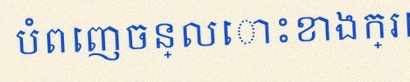
បំពេញចន្លោះខាងក្រោម